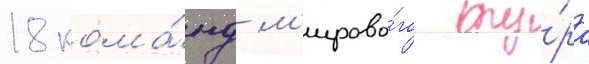
18 кома́нд м'ирово́го ту́ра